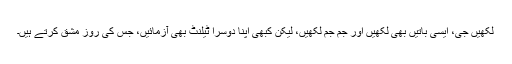
لکھیں جی، ایسی باتیں بھی لکھیں اور جم جم لکھیں، لیکن کبھی اپنا دوسرا ٹیلنٹ بھی آزمائیں، جس کی روز مشق کرتے ہیں۔